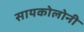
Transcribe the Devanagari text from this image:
सायकोलोनी